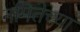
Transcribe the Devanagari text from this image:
नमितेच्या